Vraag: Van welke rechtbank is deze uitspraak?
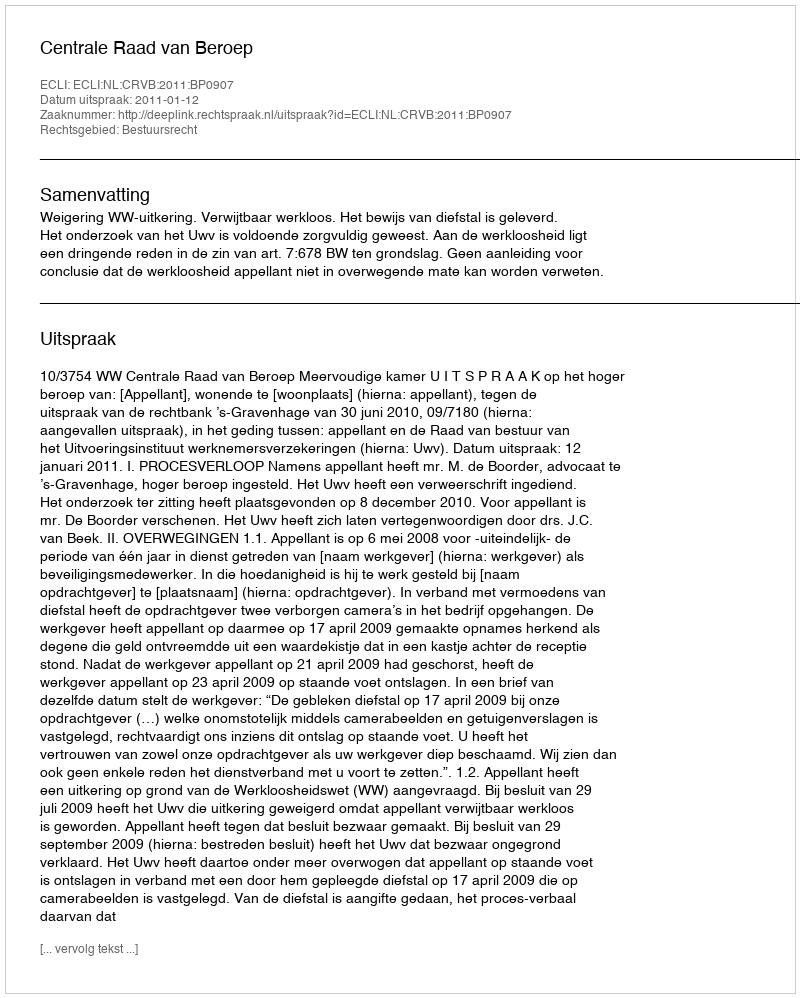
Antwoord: Centrale Raad van Beroep